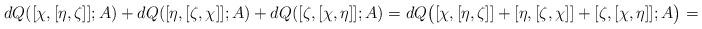
LaTeX: \begin{align*} dQ([\chi, [\eta, \zeta]]; A) + dQ([\eta, [\zeta, \chi]]; A) + dQ([\zeta, [\chi, \eta]]; A) = dQ\big([\chi, [\eta, \zeta]] + [\eta, [\zeta, \chi]] + [\zeta, [\chi, \eta]]; A \big)=0,\end{align*}